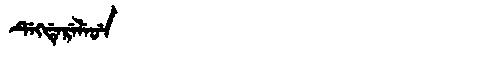
Manchu: ᡩᡝᡴᡩᡝᡵᡝᠯᡝᠣᡝ
Romanization: DEKDERELEOE